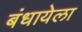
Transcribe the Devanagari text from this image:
बंधायेला